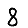
Digit: 8